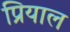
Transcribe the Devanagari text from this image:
प्रियाल